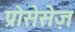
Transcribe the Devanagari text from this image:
प्रोसेसेज़